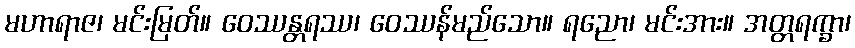
မဟာရာဇ၊ မင်းမြတ်။ ဝေဿန္တရဿ၊ ဝေဿန်မည်သော။ ရညော၊ မင်းအား။ အတ္တရက္ခာ၊